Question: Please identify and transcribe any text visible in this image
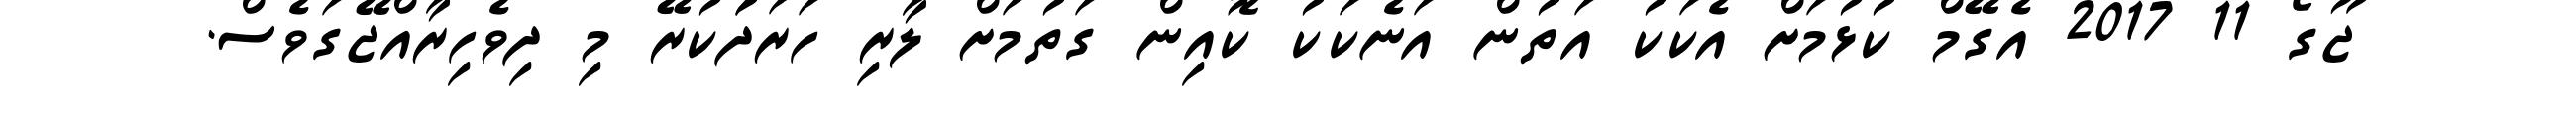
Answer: ޖޫގޯ 11 2017 އެގޭމް ކުޅުމަށް އެކަކު އަތުން އަނެކަކު ކޮއިން ގަތުމަށް ލާރި ހަރަދަުކުރޭ މި ދިވެހިރާއްޖޭގަވެސް.